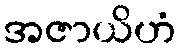
အဇာယိဟံ